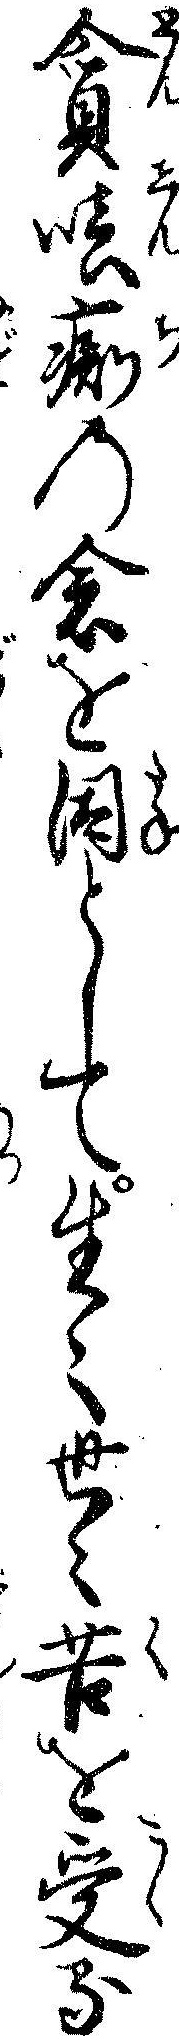
貪痴の念を因として生々世々苦を受る